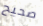
صحيح